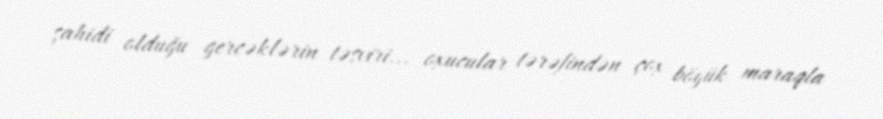
şahidi olduğu gercəklərin təsviri... oxucular tərəfindən çox böyük maraqla